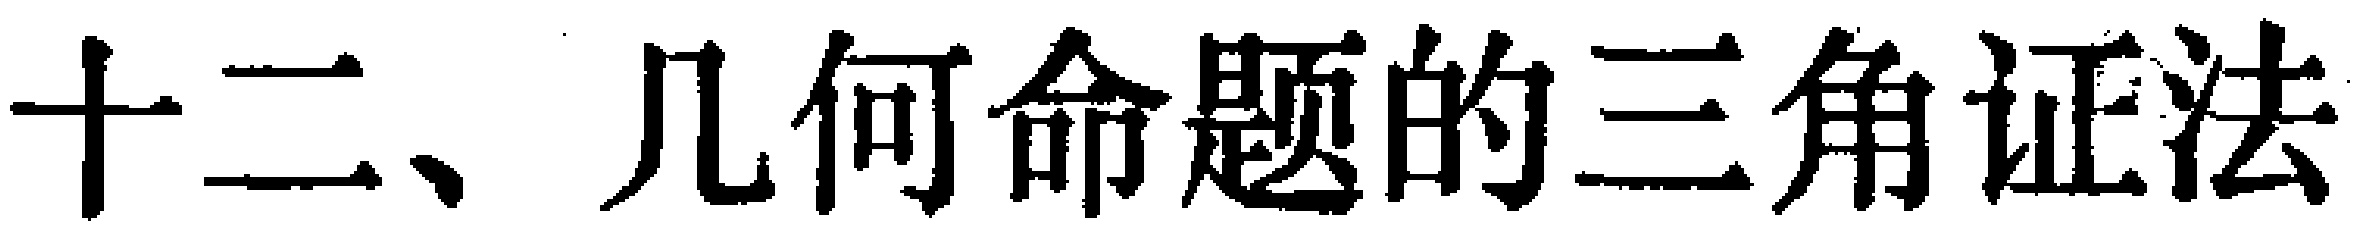
十二、几何命题的三角证法